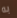
به